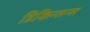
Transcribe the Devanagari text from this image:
डिकिन्सन्स